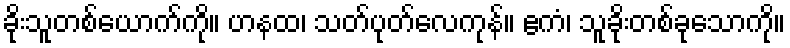
ခိုးသူတစ်ယောက်ကို။ ဟနထ၊ သတ်ပုတ်လေကုန်။ ဧကံ၊ သူခိုးတစ်ခုသောကို။